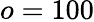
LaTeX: o=100